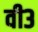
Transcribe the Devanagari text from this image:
वी३